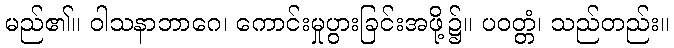
မည်၏။ ဝါသနာဘာဂေ၊ ကောင်းမှုပွားခြင်းအဖို့၌။ ပဝတ္တံ၊ သည်တည်း။